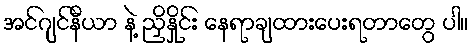
အင်ဂျင်နီယာ နဲ့ ညှိနှိုင်း နေရာချထားပေးရတာတွေ ပါ။